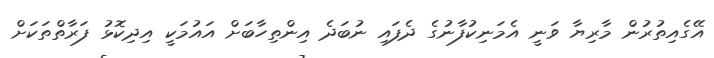
އޭގެއިތުރުން މާރިޔާ ވަނީ އެމަނިކުފާނުގެ ދެފައި ނުބަދެ އިންތިހާބަށް އައުމަކީ އިދިކޮޅު ފަރާތްތަކަށް